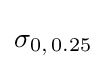
\sigma _{0,\,0.25}